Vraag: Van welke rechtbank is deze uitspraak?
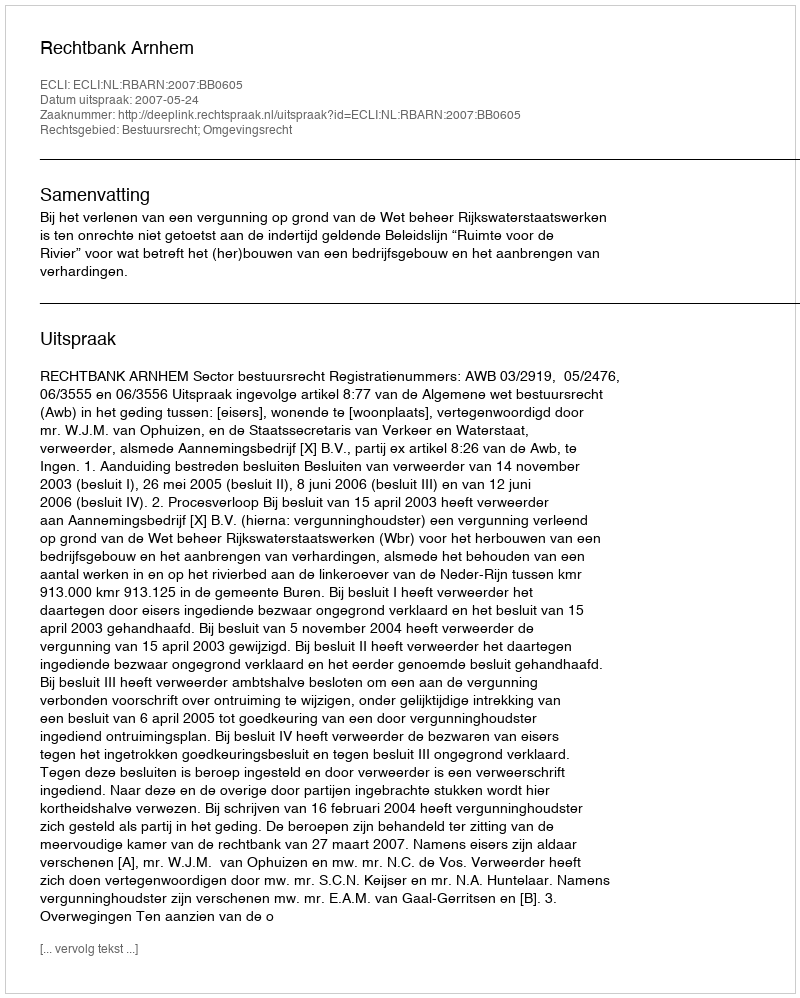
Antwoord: Rechtbank Arnhem